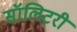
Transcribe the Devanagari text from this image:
सॉलिटरी